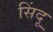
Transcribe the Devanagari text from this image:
सिंदू